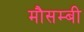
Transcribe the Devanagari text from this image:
मौसम्बी